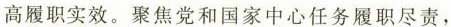
高履职实效。聚焦党和国家中心任务履职尽责，